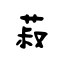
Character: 菽